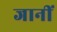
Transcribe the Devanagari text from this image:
जानीं